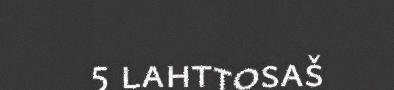
5 lahttosaš